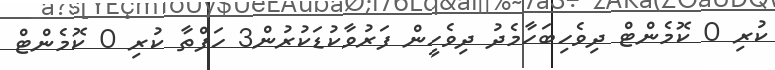
ކުރި 0 ކޮމެންޓް ދިވެހިބަހާމެދު ދިވެހީން ފަރުވާކުޑަކުރުން3 ހަފްތާ ކުރި 0 ކޮމެންޓް